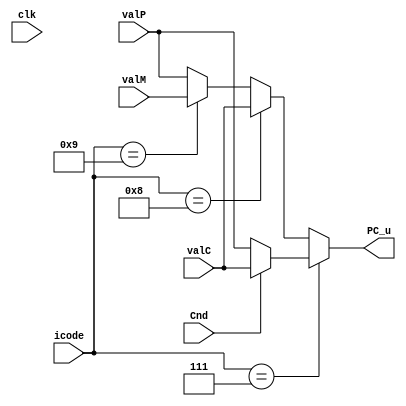
module pc_update(
input clk,Cnd,
input [3:0]icode,
input [63:0]valP,
input [63:0]valC,
input [63:0]valM,
output reg[63:0]PC_u
);

always @(*)
begin
    
    PC_u = 64'd0;

    PC_u = valP;
    if(icode == 4'd7) // jXX
    begin
        if(Cnd == 1)
        begin
            PC_u = valC;
        end
    end
    else if(icode == 4'd8) // call
    begin
        PC_u = valC;
    end
    else if(icode == 4'd9) // ret
    begin
        PC_u = valM;
    end
end
endmodule